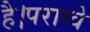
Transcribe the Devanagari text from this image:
है।पराग्वे